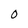
Character: U